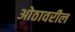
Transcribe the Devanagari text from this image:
ओठावरील